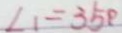
\angle 1 = 3 5 ^ { \circ }